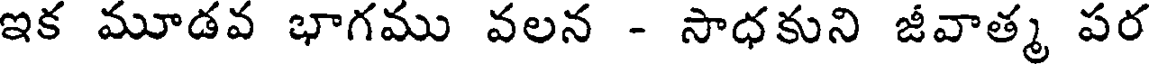
ఇక మూడవ భాగము వలన - సాధకుని జీవాత్మ పర